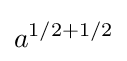
a^{1/2+1/2}